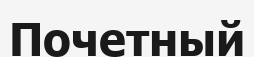
Почетный